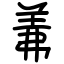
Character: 羛